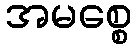
အမစ္စေ